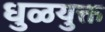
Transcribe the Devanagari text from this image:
धुळयुक्त